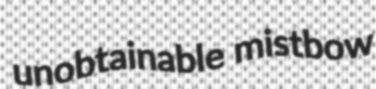
unobtainable mistbow